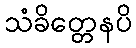
သံခိတ္တေနပိ